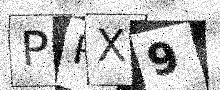
Text: PRX9